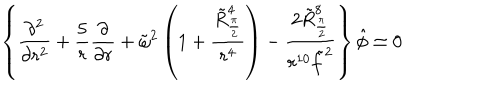
\left\{ { \frac { \partial ^ { 2 } } { \partial r ^ { 2 } } } + { \frac { 5 } { r } } { \frac { \partial } { \partial r } } + \tilde { \omega } ^ { 2 } \left( 1 + { \frac { \tilde { R } _ { \frac { \pi } { 2 } } ^ { 4 } } { r ^ { 4 } } } \right) - { \frac { 2 \tilde { R } _ { \frac { \pi } { 2 } } ^ { 8 } } { r ^ { 1 0 } \tilde { f } ^ { 2 } } } \right\} \hat { \phi } \simeq 0